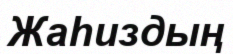
Жаһиздың